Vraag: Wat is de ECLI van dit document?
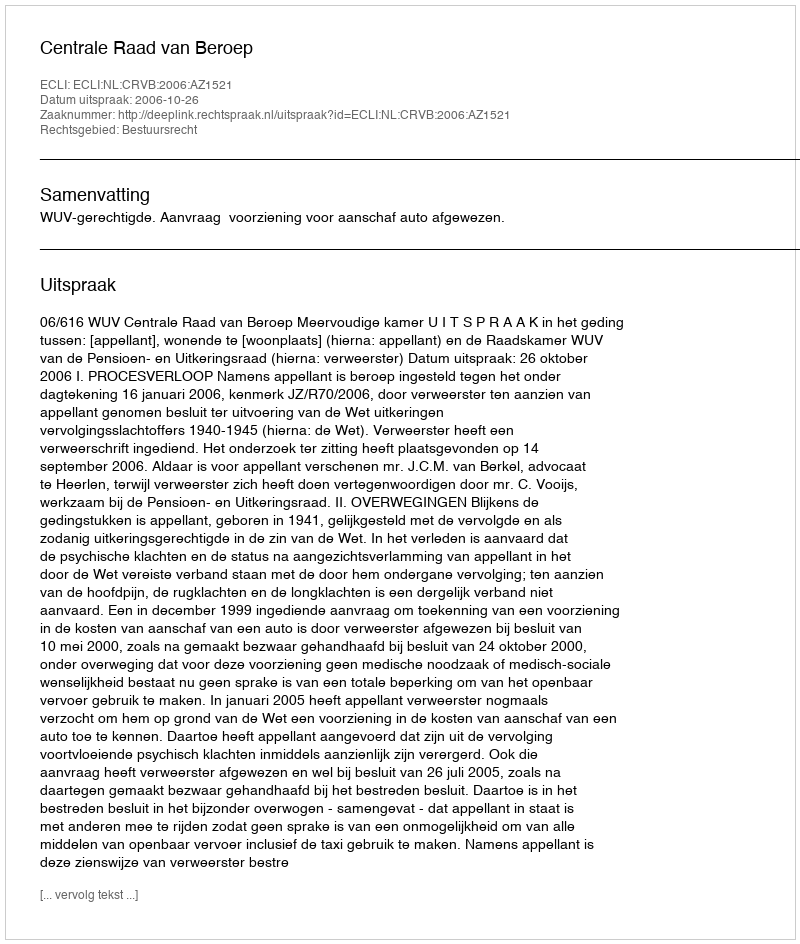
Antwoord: ECLI:NL:CRVB:2006:AZ1521